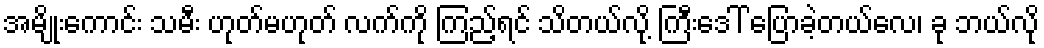
အမျိုးကောင်း သမီး ဟုတ်မဟုတ် လက်ကို ကြည့်ရင် သိတယ်လို့ ကြီးဒေါ် ပြောခဲ့တယ်လေ၊ ခု ဘယ်လို